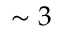
\sim 3